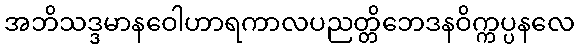
အဘိသဒ္ဒမာနဝေါဟာရကာလပညတ္တိဘေဒနဝိက္ကပ္ပနလေ